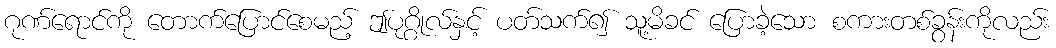
ဂုဏ်ရောင်ကို တောက်ပြောင်စေမည့် ဤပုဂ္ဂိုလ်နှင့် ပတ်သက်၍ သူ့မိခင် ပြောခဲ့သော စကားတစ်ခွန်းကိုလည်း